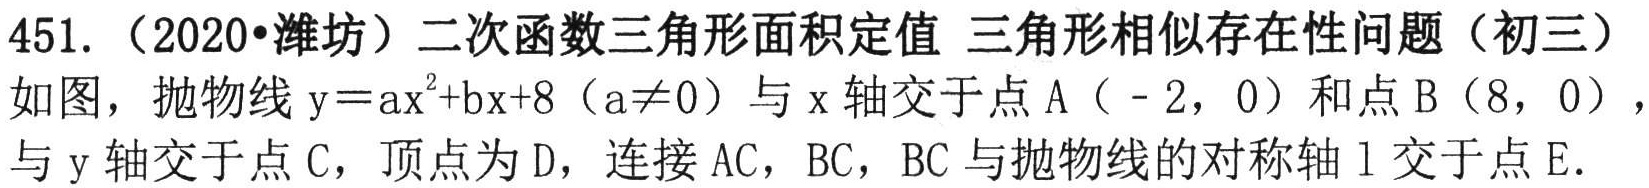
451.（2020•潍坊）二次函数三角形面积定值 三角形相似存在性问题（初三）
如图，抛物线$\mathrm{y}=a\mathrm{x}^{2}+b\mathrm{x}+8$（$a\neq0$）与$\mathrm{x}$轴交于点$\mathrm{A}（ - 2,0）$和点$\mathrm{B}（8,0）$，与$\mathrm{y}$轴交于点$\mathrm{C}$，顶点为$\mathrm{D}$，连接$\mathrm{AC}$，$\mathrm{BC}$，$\mathrm{BC}$与抛物线的对称轴$\mathrm{l}$交于点$\mathrm{E}$.